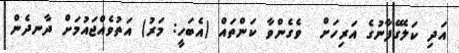
އަދި ކަލޭގެފާނުގެ އަރިހަށް  ވެގެންވާ ކަންތައް (އެބަހީ: މަރު) އަތުވެއްޖައުމަށް ދާނދެން